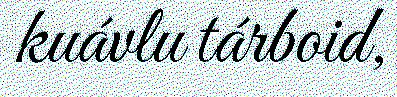
kuávlu tárboid,